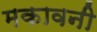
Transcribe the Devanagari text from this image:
मकावनी